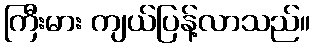
ကြီးမား ကျယ်ပြန့်လာသည်။